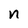
Character: n